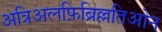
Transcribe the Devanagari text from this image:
अत्रिअलफ़िब्रिल्लतिओन